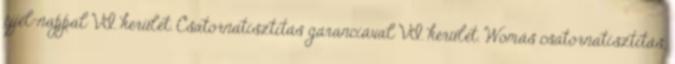
éjjel-nappal VI. kerület. Csatornatisztítás garanciával VI. kerület. Womás csatornatisztítás,